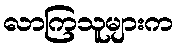
လာကြသူများက